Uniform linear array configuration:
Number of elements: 12
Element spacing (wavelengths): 0.75
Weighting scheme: binomial
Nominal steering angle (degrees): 0
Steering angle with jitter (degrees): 1.739
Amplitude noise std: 0.05
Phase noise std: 0.05

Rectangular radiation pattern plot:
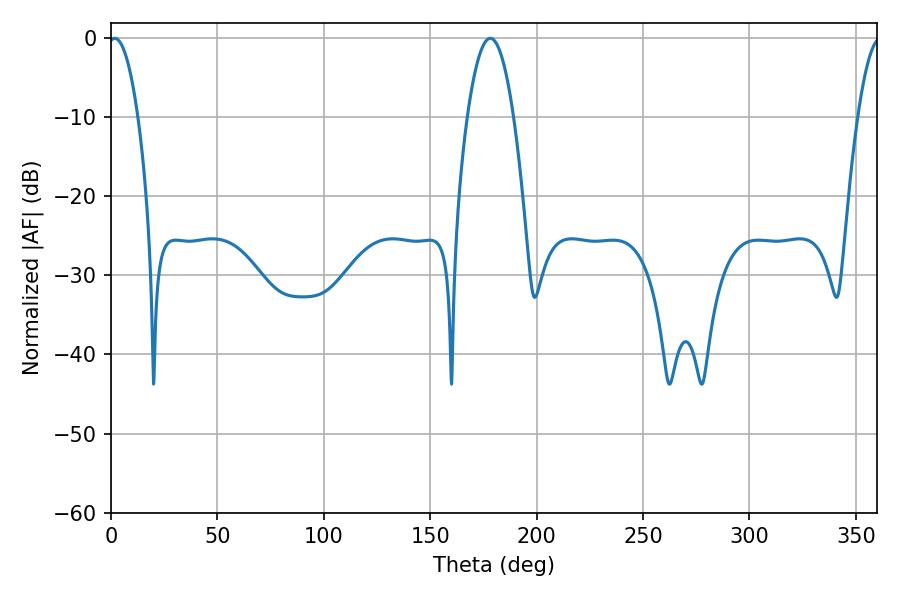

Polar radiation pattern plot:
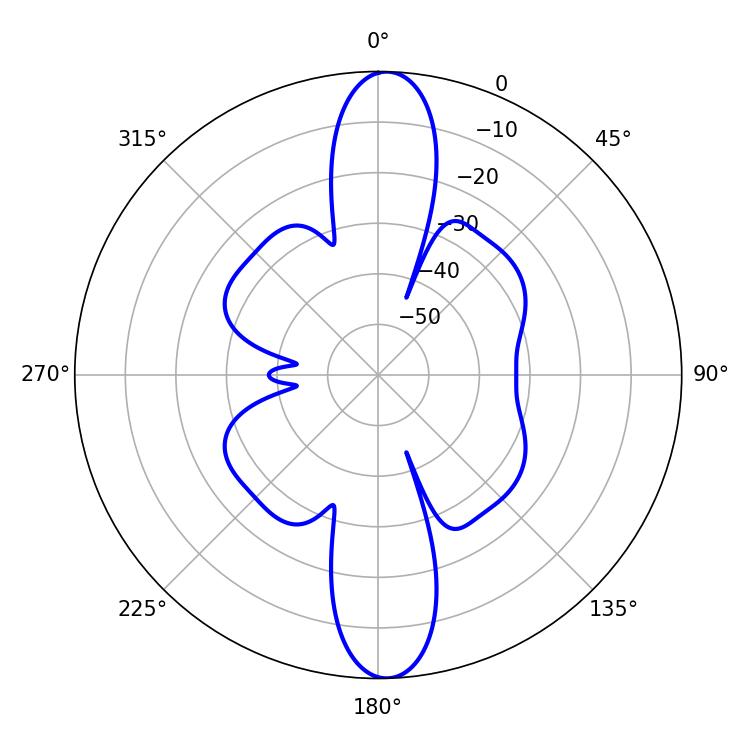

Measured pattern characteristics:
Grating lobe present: TRUE
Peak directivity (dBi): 21.697
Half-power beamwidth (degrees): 7.74
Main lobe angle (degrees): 1.8